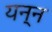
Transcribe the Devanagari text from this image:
यन्न